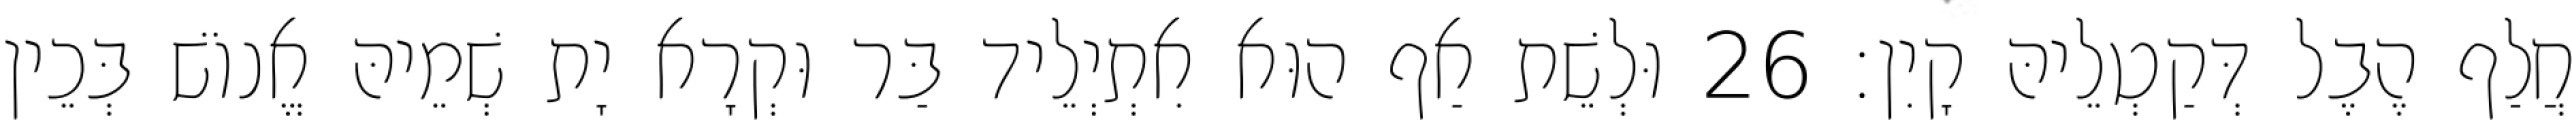
חֲלַף הֶבֶל דְּקַטְלֵיהּ קָיִן׃ 26 וּלְשֵׁת אַף הוּא אִתְיְלֵיד בַּר וּקְרָא יָת שְׁמֵיהּ אֱנוֹשׁ בְּכֵין